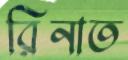
রিনাত